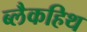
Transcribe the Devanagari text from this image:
ब्लैकहिथ